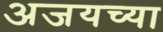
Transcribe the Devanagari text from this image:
अजयच्या